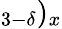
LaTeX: _{3-\delta})_{x}